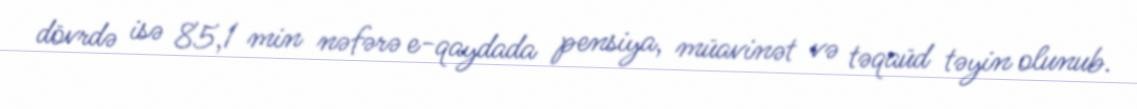
dövrdə isə 85,1 min nəfərə e-qaydada pensiya, müavinət və təqaüd təyin olunub.